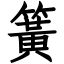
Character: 簧